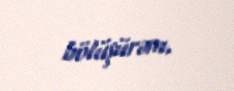
bölüşürəm.